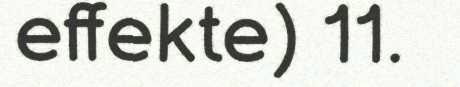
effekte) 11.